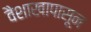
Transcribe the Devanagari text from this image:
वैशाखापासून